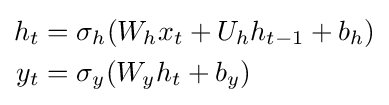
{\begin{aligned}h_{t}&=\sigma _{h}(W_{h}x_{t}+U_{h}h_{t-1}+b_{h})\\y_{t}&=\sigma _{y}(W_{y}h_{t}+b_{y})\end{aligned}}